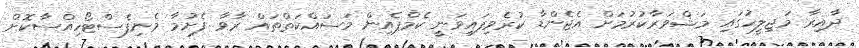
ދާއިރާ މަޖިލީހުގައި މަޝްވަރާކުރުމަށް އެޖެންޑާ ކުރެވިފައިވަނީ ކެމްޕެއިން މަސައްކަތްތައް ރާވާ ފެށުމާ މެނިފެސްޓޯހިއްސާކޮށް